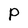
Character: P